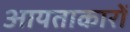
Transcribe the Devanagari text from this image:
आयताकारों